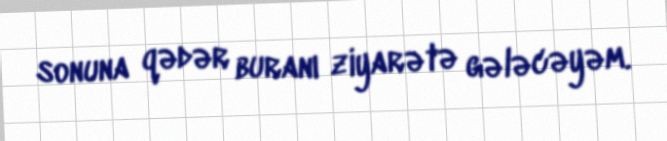
sonuna qədər buranı ziyarətə gələcəyəm.